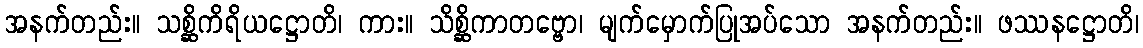
အနက်တည်း။ သစ္ဆိကိရိယဋ္ဌောတိ၊ ကား။ သိစ္ဆိကာတဗ္ဗော၊ မျက်မှောက်ပြုအပ်သော အနက်တည်း။ ဖဿနဋ္ဌောတိ၊